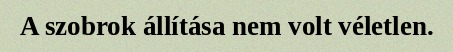
A szobrok állítása nem volt véletlen.